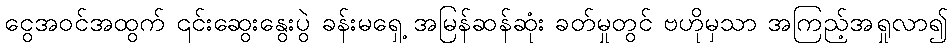
ငွေအဝင်အထွက် ၎င်းဆွေးနွေးပွဲ ခန်းမရှေ့ အမြန်ဆန်ဆုံး ခတ်မှုတွင် ဗဟိုမှသာ အကြည့်အရှုလာ၍